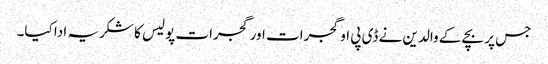
جس پر بچے کے والدین نے ڈی پی او گجرات اور گجرات پولیس کا شکریہ ادا کیا۔